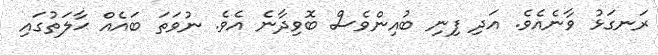
ރަނގަޅު ވާނެއެވެ. އަދި ފިނި ބުއިންވެސް ބޮވިދާނެ އެވެ. ނުވަތަ ބައެއް ޙާލަތުގައި